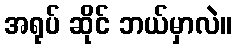
အရုပ် ဆိုင် ဘယ်မှာလဲ။